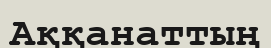
Аққанаттың